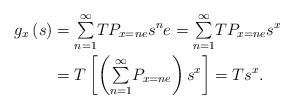
LaTeX: \begin{align*}g_{x}\left( s\right) & ={\textstyle\sum\limits_{n=1}^{\infty}}TP_{x=ne}s^{n}e={\textstyle\sum\limits_{n=1}^{\infty}}TP_{x=ne}s^{x}\\& =T\left[ \left({\textstyle\sum\limits_{n=1}^{\infty}}P_{x=ne}\right) s^{x}\right] =Ts^{x}.\end{align*}